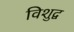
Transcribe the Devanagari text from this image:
विशुद्व